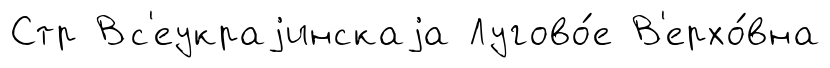
Стр Вс'еукраjинскаjа Лугово́е В'ерхо́вна